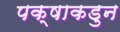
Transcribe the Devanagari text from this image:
पक्षाकडुन